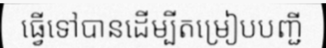
ធ្វើទៅបានដើម្បីតម្រៀបបញ្ជី